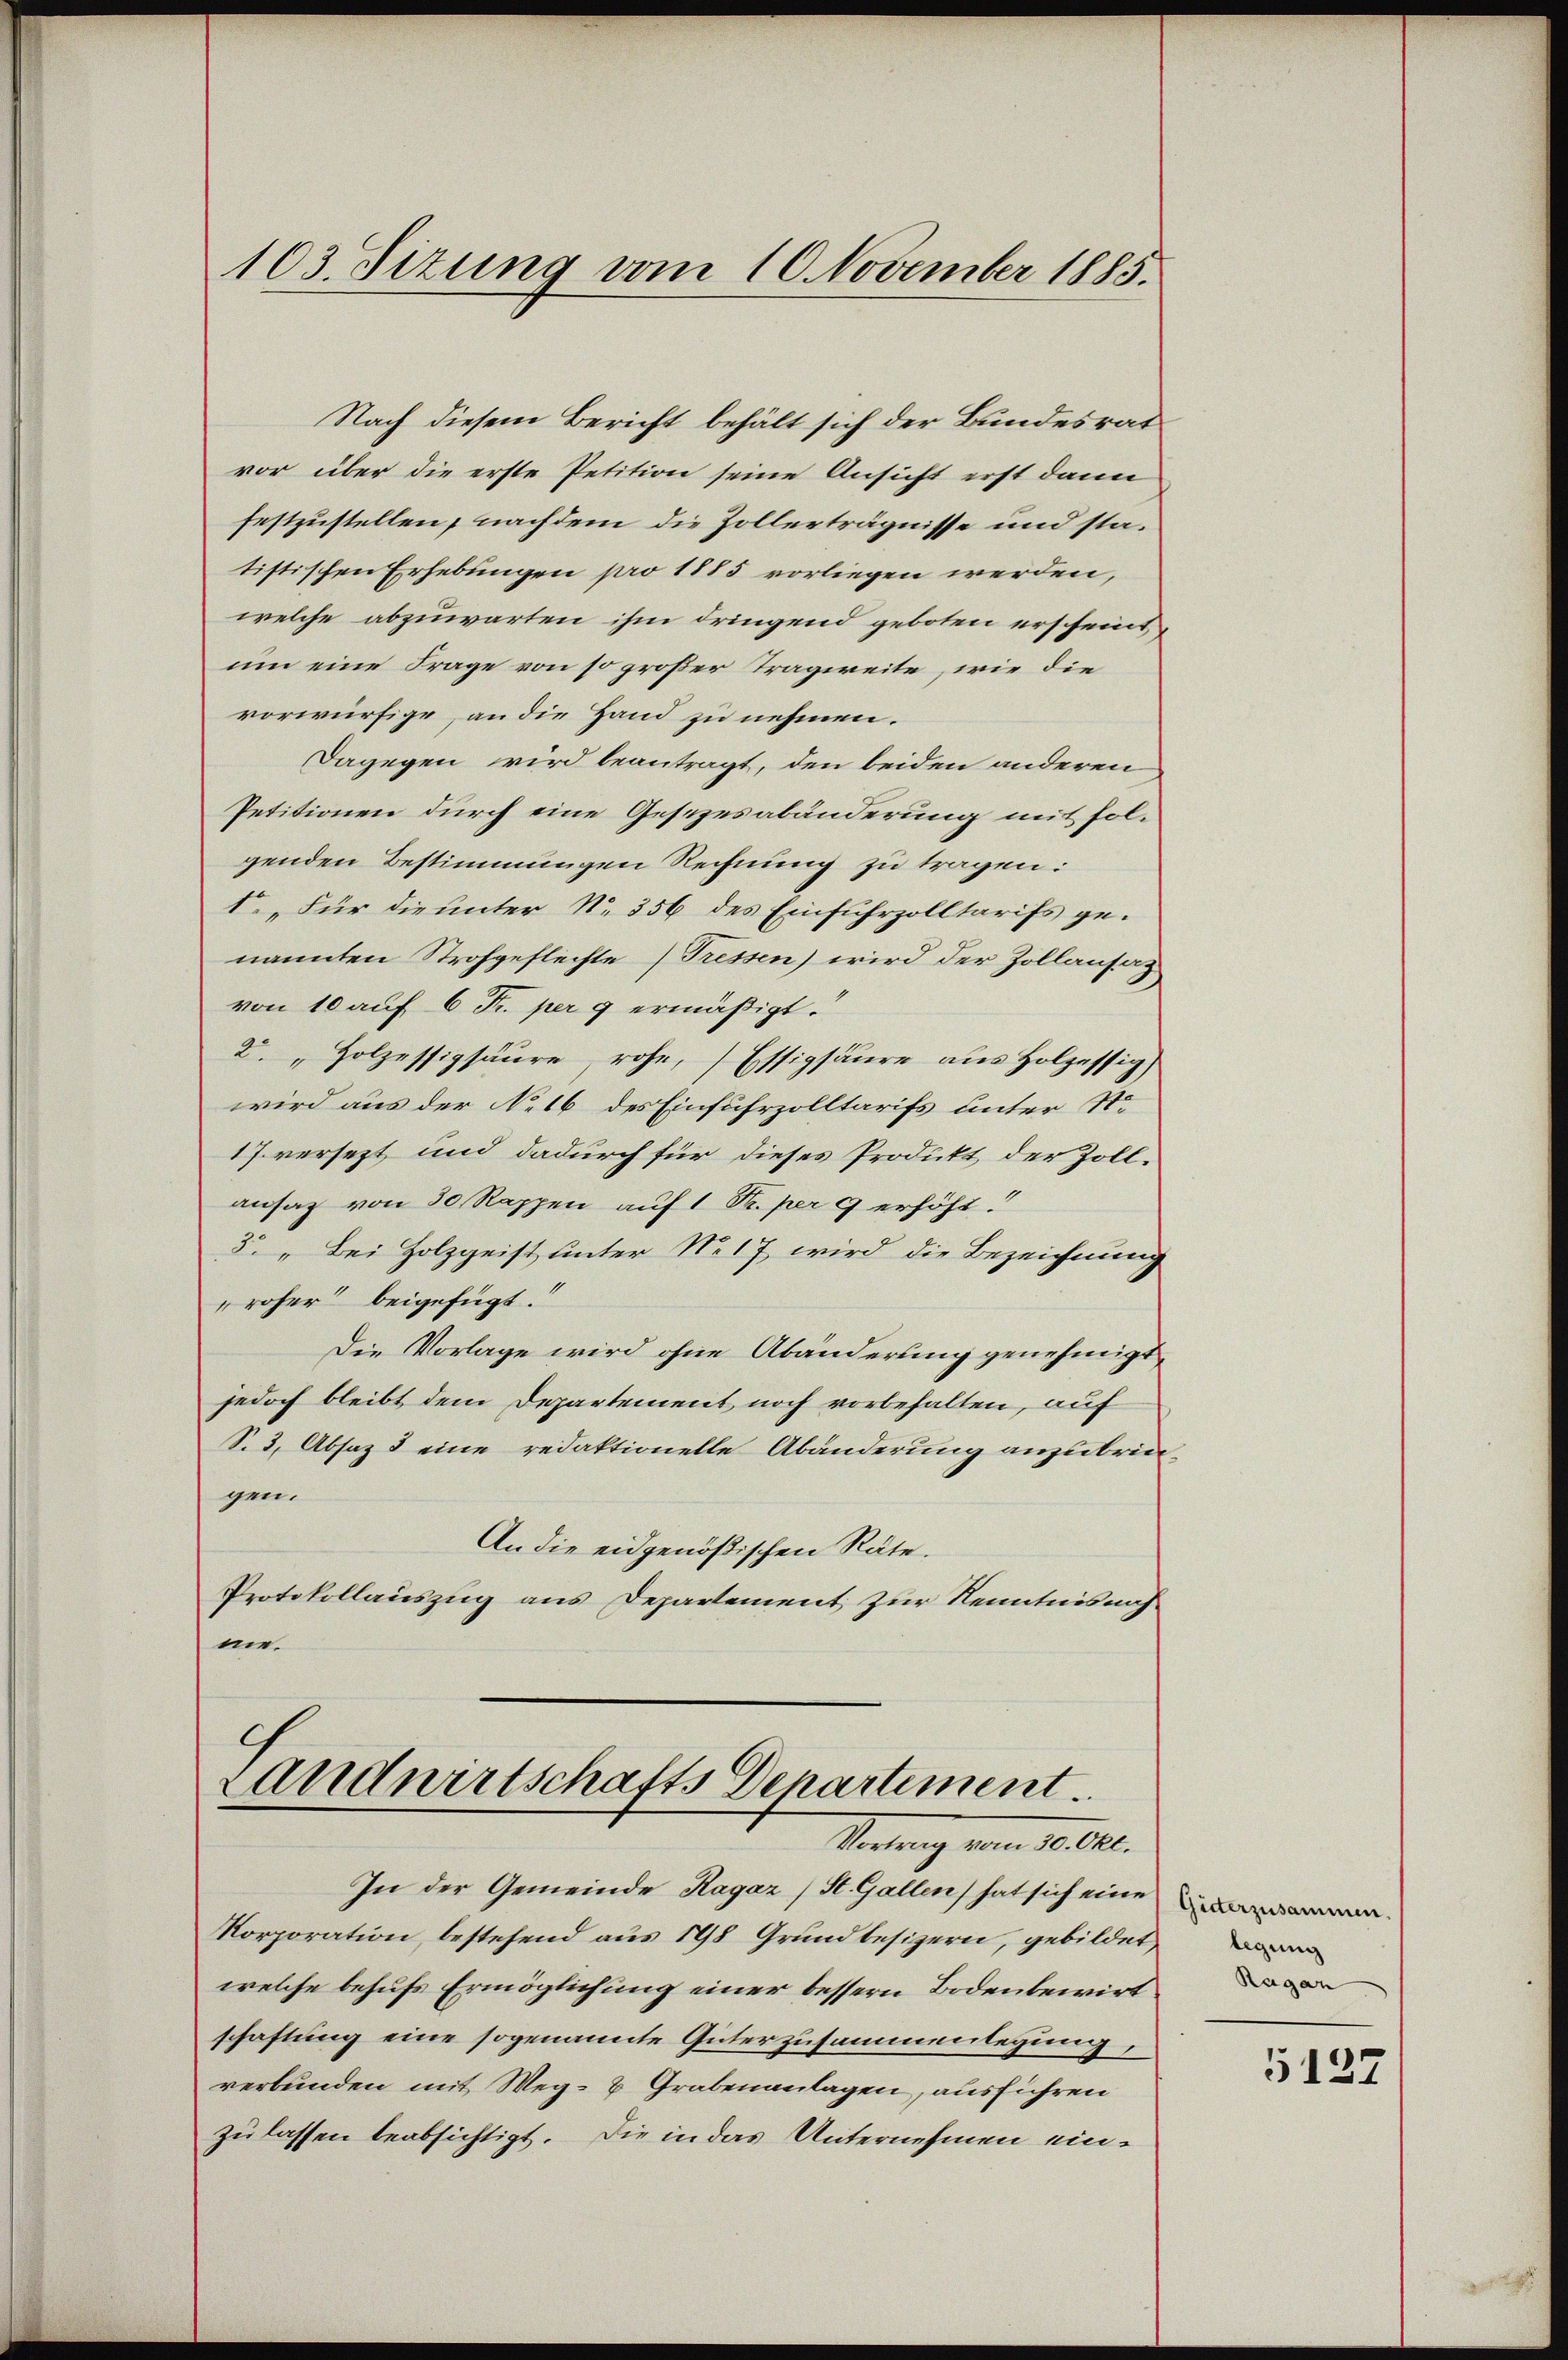
103. Sitzung vom 10. November 1885.

Nach diesem Bericht behält sich der Bundesrat
vor über die erste Petition seine Ansicht erst dann
festzustellen, nachdem die Zollerträgnisse und statistischen Erhebungen pro 1885 vorliegen werden,
welche abzuwarten ihm dringend geboten erscheint,
um eine Frage von so großer Tragweite, wie die
vorwürfige, an die Hand zu nehmen.
Dagegen wird beantragt, den beiden anderen
Petitionen durch eine Gesezesabänderung mit solgenden Bestimmungen Rechnung zu tragen:
1. „Für die unter No. 356 des Einfuhrzolltarifs ge-
nannten Strohgeflechte (Tressen) wird der Zollansaz
von 10 auf 6 Fr. per 9 ermäßigt.
2. „Holzessigsäure, rohe, Essigsäure aus Holzessig
wird aus der N. 16 des Einfuhrzolltarifs unter Str
17. versezt und dadurch für dieses Produkt der Zollansaz von 30 Rappen auf 1 Fr. per 9 erhöht.
3. „Bei Holzgeist unter No 17 wird die Bezeichnung
roher beigefügt.
Die Vorlage wird ohne Abänderung genehmigt,
jedoch bleibt dem Departement noch vorbehalten, auf
S. 3, Absaz 3 eine redaktionelle Abänderung anzubringen.
An die eidgenößischen Räte.
Protokollauszug aus Departement zur Kenntnisnahne¬

Landwirtschafts Departement.
Virtung vom 10. Okt.

In der Gemeinde Ragaz (St. Gallen hat sich eine
Korporation, bestehend aus 198 Grundbesizern, gebildet,
welche behufs Ermöglichung einer bessern Bodenbewirt
schaftung eine sogenannte Güterzusammenlegung,
verbunden mit Weg- & Grabenanlagen, ausführen
zulassen beabsichtigt. Die in das Unternehmen ein¬

legung
Ragan

5137